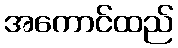
အကောင်ထည်